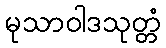
မုသာဝါဒသုတ္တံ